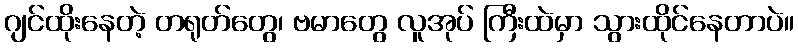
ဂျင်ထိုးနေတဲ့ တရုတ်တွေ၊ ဗမာတွေ လူအုပ် ကြီးထဲမှာ သွားထိုင်နေတာပဲ။